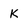
Character: K